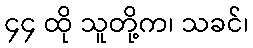
၄၄ ထို သူတို့က၊ သခင်၊